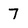
Character: 7